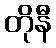
တိုနီ